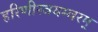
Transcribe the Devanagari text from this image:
हरिणीस्वयम्वरम्